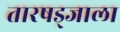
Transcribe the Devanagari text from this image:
तारषड्जाला